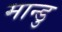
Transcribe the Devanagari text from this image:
मान्डु